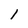
Character: l